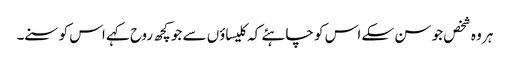
ہر وہ شخص جو سن سکے اس کو چاہئے کہ کلیساؤں سے جو کچھ روح کہے اس کو سنے۔